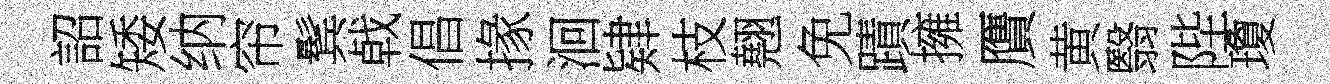
詔矮纳帘鬂㦸倡掾洄肄枝翹免蹟擁贋黄翳陛瓊